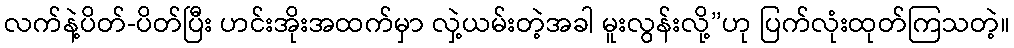
လက်နဲ့ပိတ်-ပိတ်ပြီး ဟင်းအိုးအထက်မှာ လှဲ့ယမ်းတဲ့အခါ မူးလွန်းလို့”ဟု ပြက်လုံးထုတ်ကြသတဲ့။